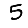
Digit: 5